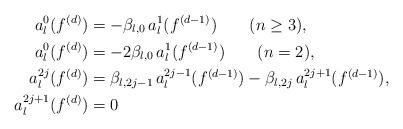
LaTeX: \begin{align*}a_l^0(f^{(d)})&=-\beta_{l,0}\,a_l^1(f^{(d-1)})\qquad(n\geq3),\\a_l^0(f^{(d)})&=-2\beta_{l,0}\,a_l^1(f^{(d-1)})\qquad(n=2),\\a_l^{2j}(f^{(d)})&=\beta_{l,2j-1}\,a_l^{2j-1}(f^{(d-1)})-\beta_{l,2j}\,a_l^{2j+1}(f^{(d-1)}),\\a_l^{2j+1}(f^{(d)})&=0\end{align*}